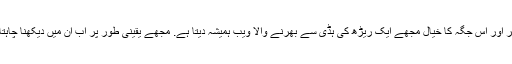
تصویر اور اس جگہ کا خیال مجھے ایک ریڑھ کی ہڈی سے بھرنے والا ویب ہمیشہ دیتا ہے. مجھے یقینی طور پر اب ان میں دیکھنا چاہتا ہوں!